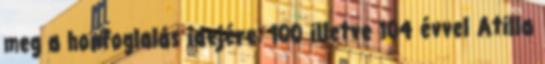
meg a honfoglalás idejére: 100 illetve 104 évvel Atilla